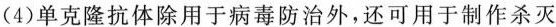
(4)单克隆抗体除用于病毒防治外，还可用于制作杀灭